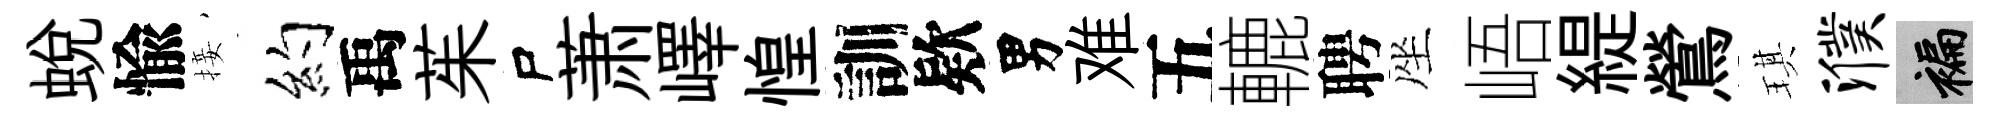
蜕愉接约禹茱尸萧嶧惶訓欵男难五轆聘座峿緹鶯琪濮褊